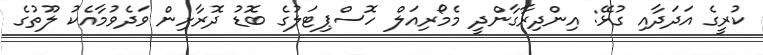
ކުރީގެ އަދަދާއި ގުޅޭ: އިންދިރާގާންދީ މެމޯރިއަލް ހޮސްޕިޓަލުގެ ބޮޑު ދޮރާށިން ވަދެވުމާއެކު ލޫތުގެ